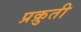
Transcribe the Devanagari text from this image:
प्रक्रुती